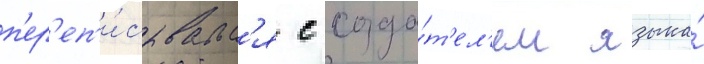
п'ер'еп'и́сывалс'я с созда́т'ел'ем языка́